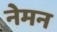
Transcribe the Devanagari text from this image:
नेमन